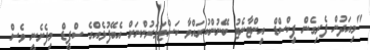
"މިއަދުން ފެށިގެން ފިކްސްޑް އިންޓާނެޓު ބޭނުންކުރައްވާ ކަސްޓަމަރުންނަށް އެބޭފުޅެއްގެ ސްޕީޑް މިފެށެނީ ވެސް